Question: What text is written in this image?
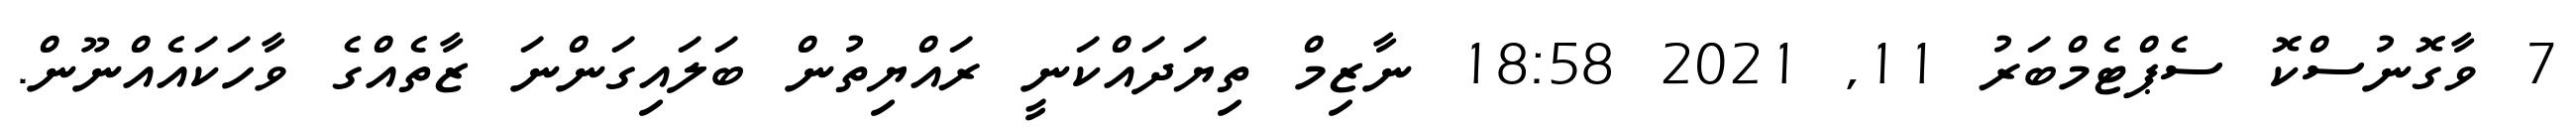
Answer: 7 ވާގޮނުސްކޮ ސެޕްޓެމްބަރު 11, 2021 18:58 ނާޒިމް ތިޔަދައްކަނީ ރައްޔިތުން ބަލައިގަންނަ ޒާތެއްގެ ވާހަކައެއްނޫން.